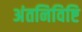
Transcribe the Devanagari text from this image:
अंतनिविष्टि